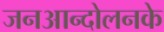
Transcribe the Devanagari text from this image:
जनआन्दोलनके